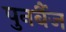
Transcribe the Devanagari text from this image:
पुनर्बैज